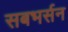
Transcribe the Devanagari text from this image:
सबभर्सन